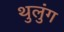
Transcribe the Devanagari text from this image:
थुलुंग